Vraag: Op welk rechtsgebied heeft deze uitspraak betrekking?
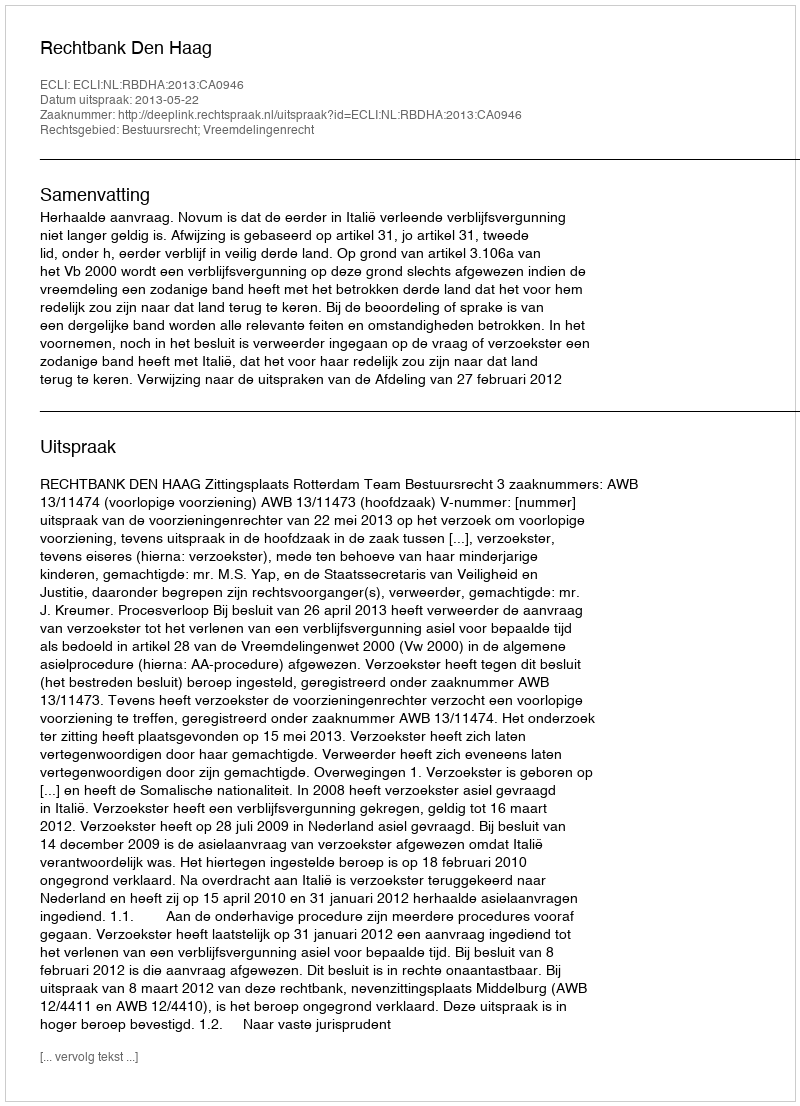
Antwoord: Bestuursrecht; Vreemdelingenrecht